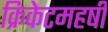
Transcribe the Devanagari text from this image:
क्रिकेटमहर्षी